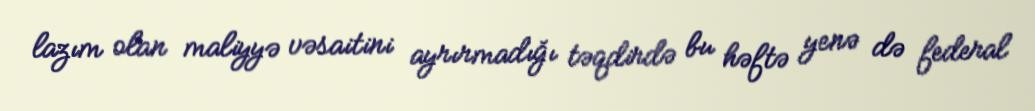
lazım olan maliyyə vəsaitini ayrırmadığı təqdirdə bu həftə yenə də federal